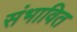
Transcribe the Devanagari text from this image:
संभावित